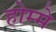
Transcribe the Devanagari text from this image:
होम्मे